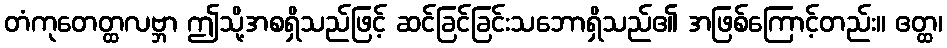
တံကုတေတ္ထလဗ္ဘာ ဤသို့အစရှိသည်ဖြင့် ဆင်ခြင်ခြင်းသဘောရှိသည်၏ အဖြစ်ကြောင့်တည်း။ ဧတ္ထ၊